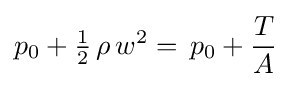
p_{0}+{\tfrac {1}{2}}\,\rho \,w^{2}=\,p_{0}+{\frac {T}{A}}